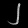
Digit: ၂